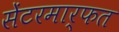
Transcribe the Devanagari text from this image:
सेंटरमार्फत